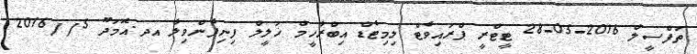
ތަފްސީލް 2016-05-28 ޓީޓްރީ ޕްރައިވެޓް ލިމިޓެޑް އިބްރާހީމް ޚަލީލް ފިނިފެންވިލާ އދ.އޮމަދޫ 5//2016